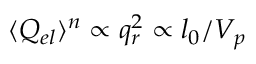
\langle Q _ { e l } \rangle ^ { n } \propto q _ { r } ^ { 2 } \propto l _ { 0 } / V _ { p }